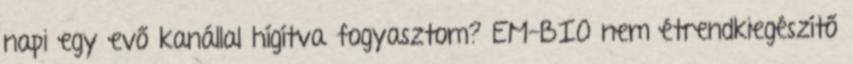
napi egy evő kanállal hígítva fogyasztom? EM-BIO nem étrendkiegészítő